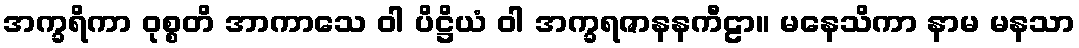
အက္ခရိကာ ဝုစ္စတိ အာကာသေ ဝါ ပိဋ္ဌိယံ ဝါ အက္ခရဇာနနကီဠာ။ မနေသိကာ နာမ မနသာ